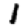
Digit: 1